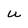
Character: u